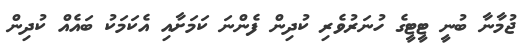
ޖުމާނާ ބުނީ ޓީޓީގެ ހުނަރުވެރި ކުދިން ފެންނަ ކަމަށާއި އެކަމަކު ބައެއް ކުދިން